Scottish Leaving Certificate Examination, 1958
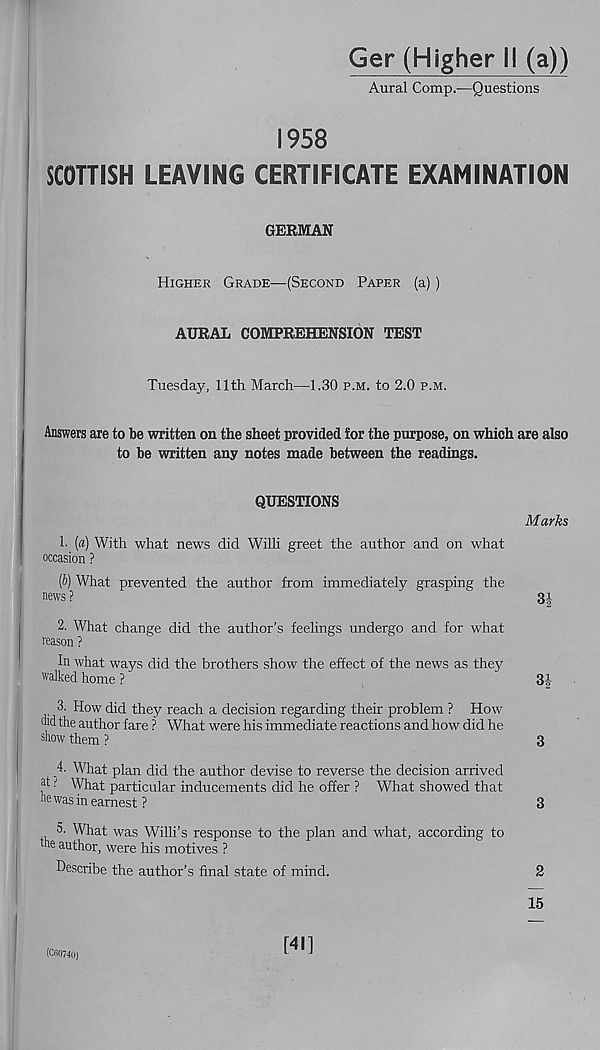
Ger (Higher II (a))
Aural Comp.—Questions
1958
SCOTTISH LEAVING CERTIFICATE EXAMINATION
GERMAN
Higher Grade—(Second Paper (a) )
AURAL COMPREHENSION TEST
Tuesday, 11th March—1.30 p.m. to 2.0 p.m.
Answers are to be written on the sheet provided for the purpose, on which are also
to be written any notes made between the readings.
QUESTIONS
Marks
1- (a) With what news did Willi greet the author and on what
occasion ?
(b) What prevented the author from immediately grasping the
news ?
31
2. What change did the author’s feelings undergo and for what
reason ?
In what ways did the brothers show the effect of the news as they
walked home ?
3|
3. How did they reach a decision regarding their problem ? How
the author fare ? What were his immediate reactions and how did he
show them ?
3
4- What plan did the author devise to reverse the decision arrived
at ? What particular inducements did he offer ? What showed that
he was in earnest ?
3
5. What was Willi’s response to the plan and what, according to
the author, were his motives ?
Describe the author’s final state of mind.
2
15
(CB0740)
[41]